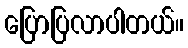
ပြောပြလာပါတယ်။